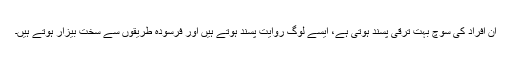
ان افراد کی سوچ بہت ترقی پسند ہوتی ہے، ایسے لوگ روایت پسند ہوتے ہیں اور فرسودہ طریقوں سے سخت بیزار ہوتے ہیں۔